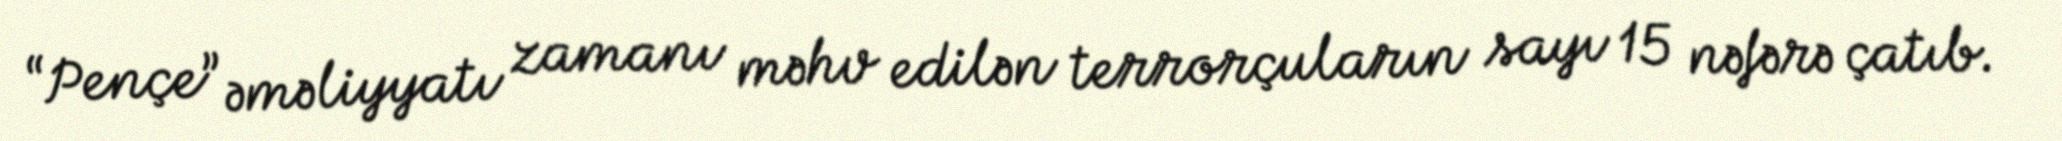
“Pençe” əməliyyatı zamanı məhv edilən terrorçuların sayı 15 nəfərə çatıb.